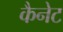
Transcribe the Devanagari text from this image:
कैनेट